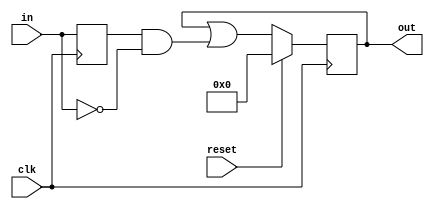
module top_module (
    input clk,
    input reset,
    input [31:0] in,
    output [31:0] out
);
    wire [31:0] prev;
    always @(posedge clk) begin
        if (reset)
            out=0;
        else 
            out=out|(prev & ~in);
        prev=in;
            
    end

endmodule